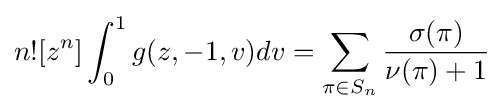
n![z^{n}]\int _{0}^{1}g(z,-1,v)dv=\sum _{\pi \in S_{n}}{\frac {\sigma (\pi )}{\nu (\pi )+1}}